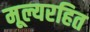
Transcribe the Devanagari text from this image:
मूल्यरहित